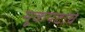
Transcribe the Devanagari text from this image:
मूकपटांचे